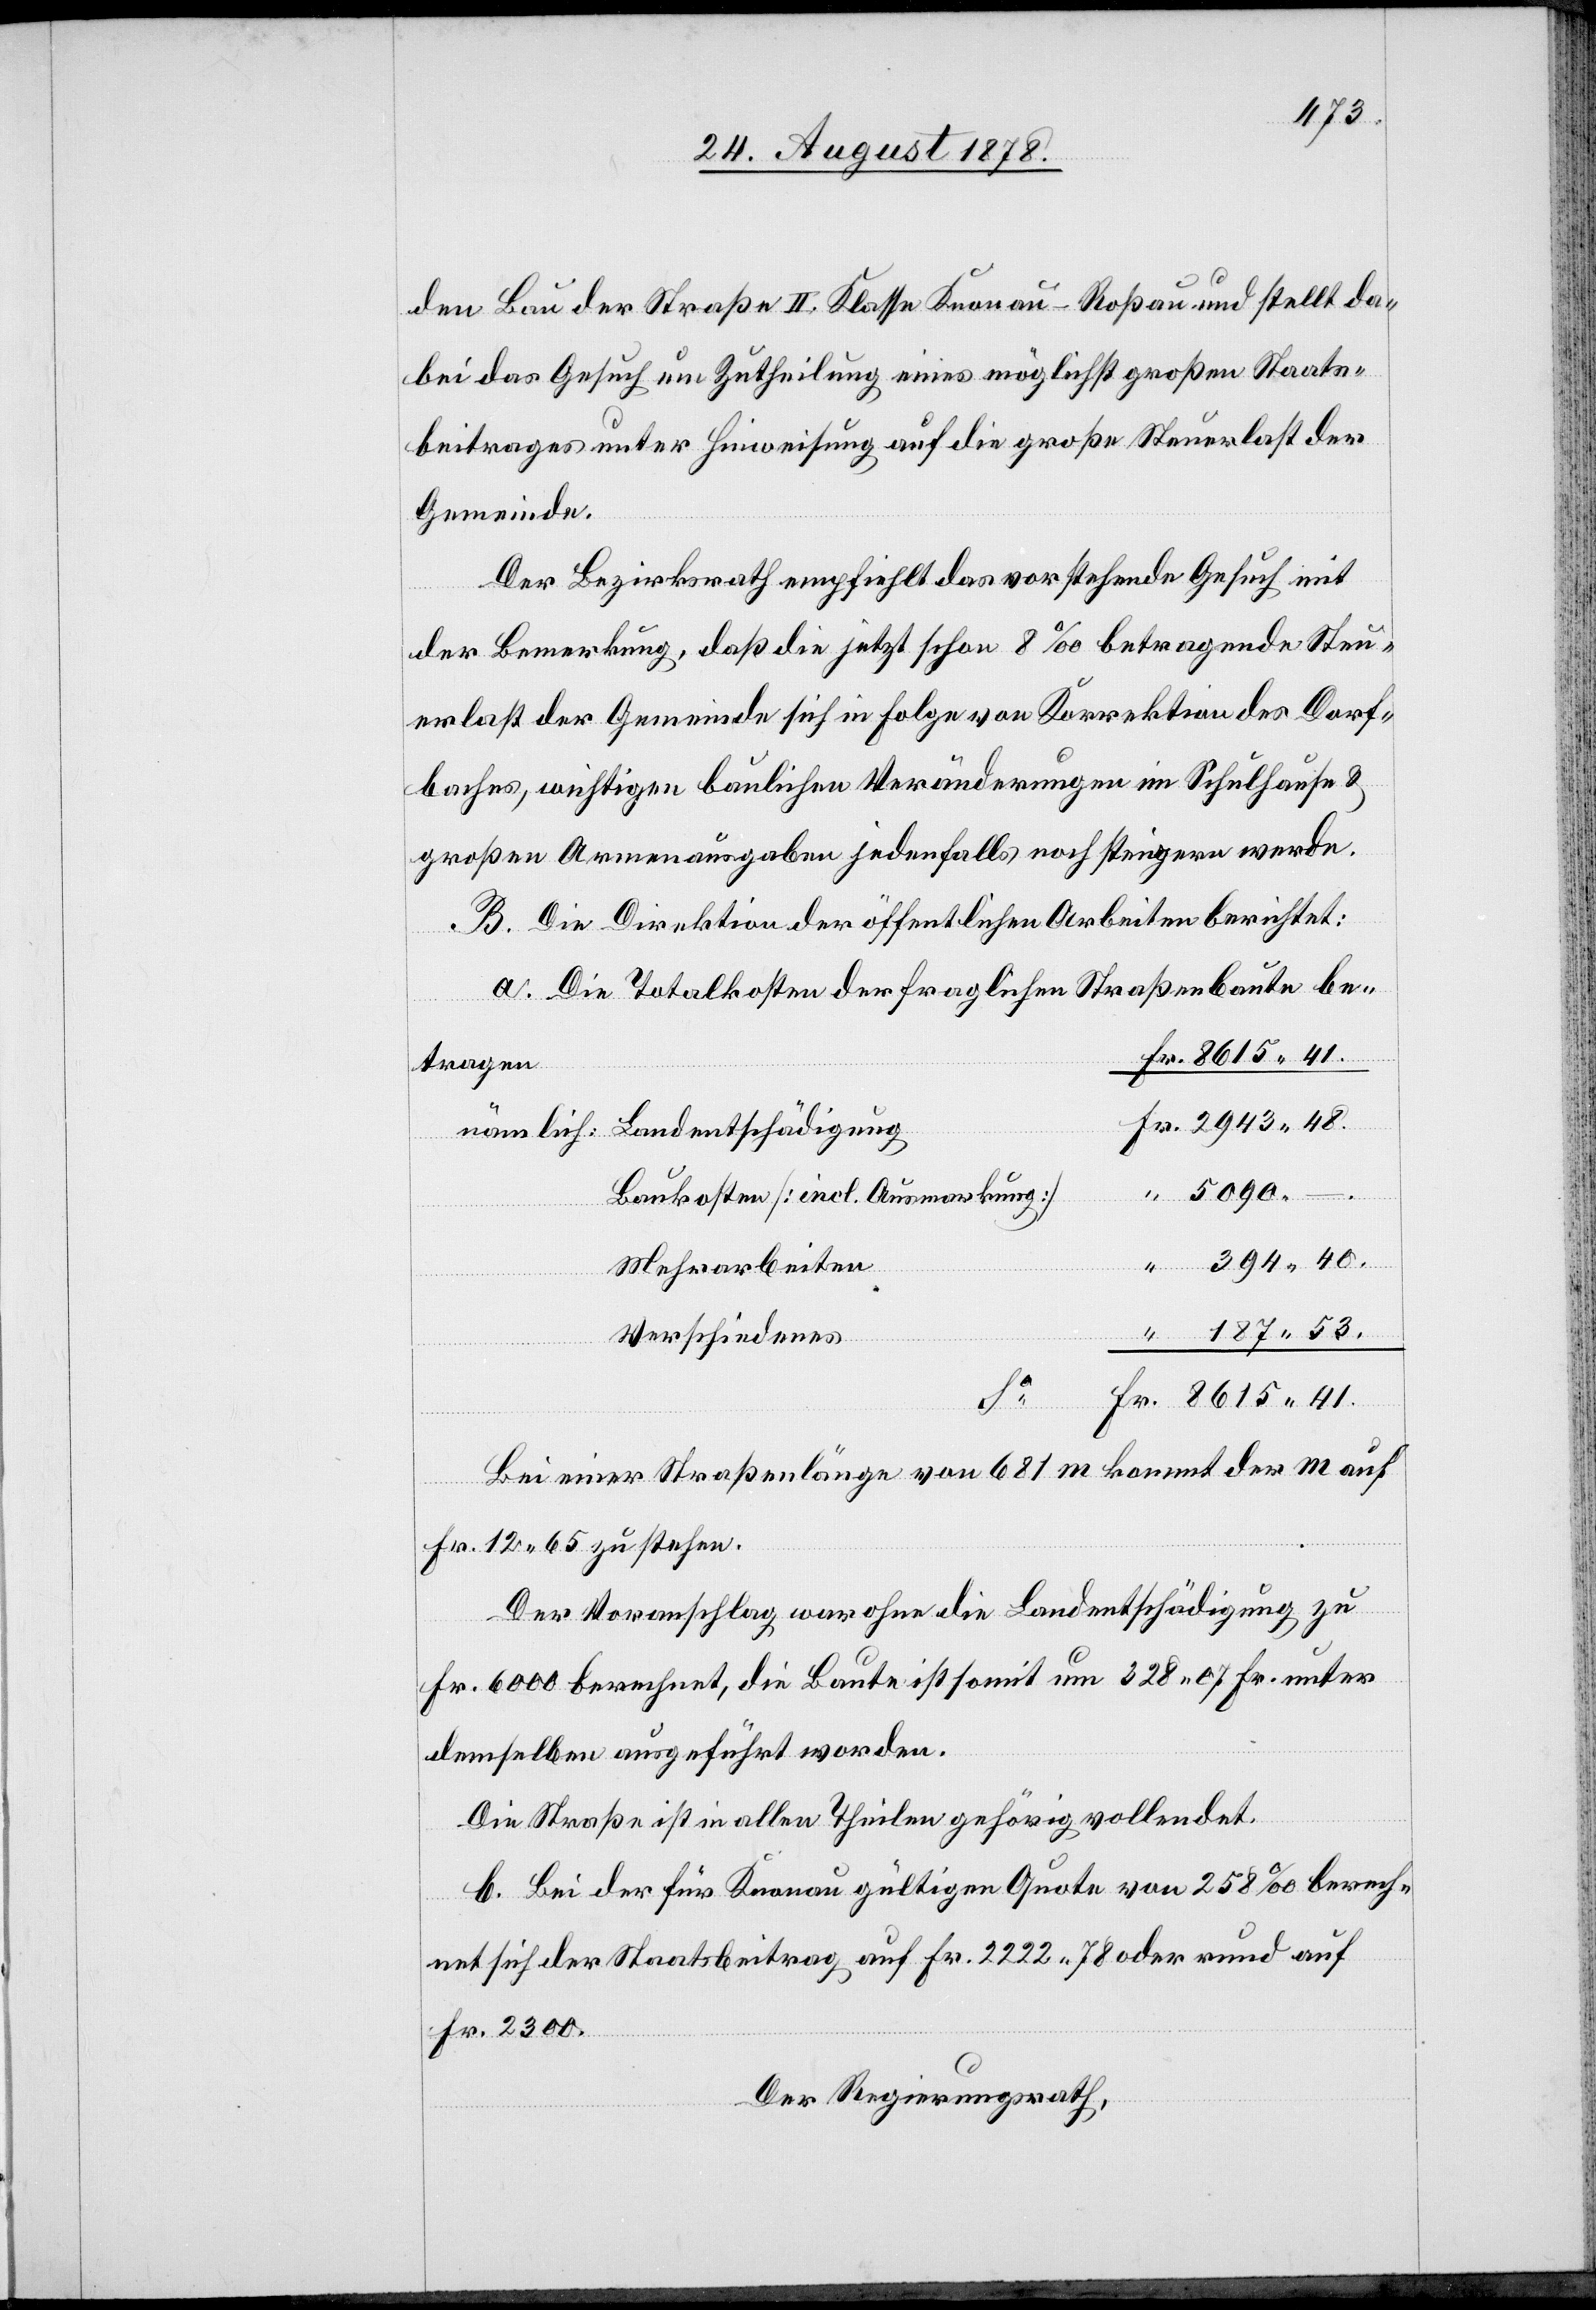
den Bau der Straße II. Klasse Knonau–Roßau und stellt da¬
bei das Gesuch um Zutheilung eines möglichst großen Staats¬
beitrages unter Hinweisung auf die große Steuerlast der
Gemeinde.
Der Bezirksrath empfiehlt das vorstehende Gesuch mit
der Bemerkung, daß die jetzt schon 8‰ betragende Steu¬
erlast der Gemeinde sich in Folge von Korrektion des Dorf¬
baches, wichtigen baulichen Veränderungen im Schulhause &
großen Armenausgaben jedenfalls noch steigern werde.
B. Die Direktion der öffentlichen Arbeiten berichtet:
“
a. Die Totalkosten der fraglichen Straßenbaute be¬
tragen
nämlich: Landentschädigung
5090.
Baukosten [incl. Ausmarkung]
Mehrarbeiten
Verschiedenes
Fr.
Bei einer Straßenlänge von 681m kommt der m auf
Fr. 12 65 zu stehen.
Der Voranschlag war ohne die Landentschädigung zu
Fr. 6000 berechnet, die Baute ist somit um 328 07 Fr. unter
demselben ausgeführt worden.
Die Straße ist in allen Theilen gehörig vollendet.
b. Bei der für Knonau gültigen Quote von 258‰ berech¬
net sich der Staatsbeitrag auf Fr. 2222 78 oder rund auf
Fr. 2300.
Der Regierungsrath,